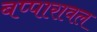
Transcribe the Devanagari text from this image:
बप्पारावल